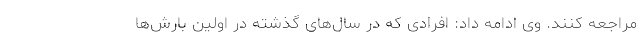
مراجعه کنند. وی ادامه داد: افرادی که در سال‌های گذشته در اولین بارش‌ها